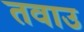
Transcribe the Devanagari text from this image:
तवाउ